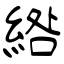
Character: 綹